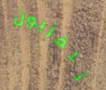
تلفزيون